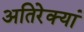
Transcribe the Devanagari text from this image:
अतिरेक्यां